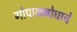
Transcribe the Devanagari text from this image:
गोपाळबोधाचे